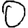
Digit: 0